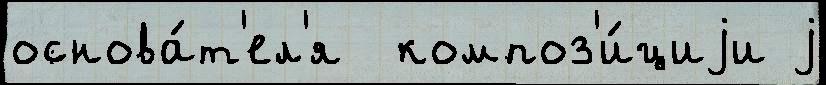
основа́т'ел'я  композ'и́циjи j